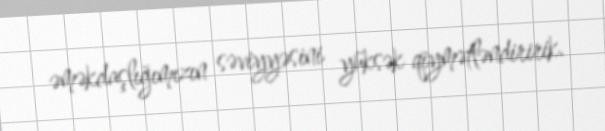
əməkdaşlığımızın səviyyəsini yüksək qiymətləndiririk.